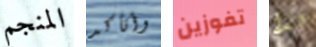
المنجم وأتأكد تفوزين لذا